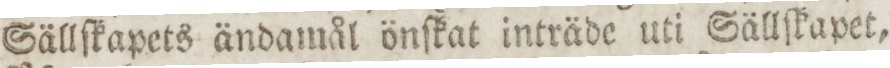
Sällſkapets ändamål önſkat intråde uti Sällſkapet.